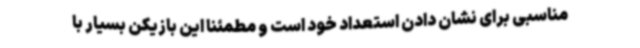
مناسبی برای نشان دادن استعداد خود است و مطمئناً این بازیکن بسیار با